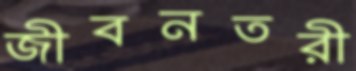
জীবনতরী